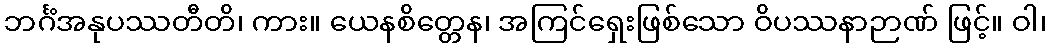
ဘင်္ဂံအနုပဿတီတိ၊ ကား။ ယေနစိတ္တေန၊ အကြင်ရှေးဖြစ်သော ဝိပဿနာဉာဏ် ဖြင့်။ ဝါ၊